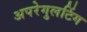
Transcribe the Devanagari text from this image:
अपरेगुलटिंग